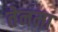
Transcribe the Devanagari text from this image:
तेनमा